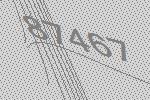
87467